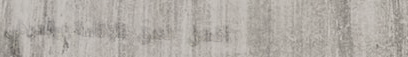
أفضل فندق للإقامة والترفي